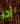
آخر